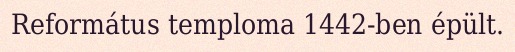
Református temploma 1442-ben épült.